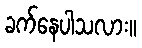
ခက်နေပါသလား။